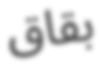
بقاق